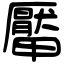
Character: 厴